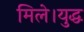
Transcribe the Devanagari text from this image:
मिले।युद्ध